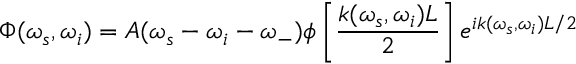
\Phi ( \omega _ { s } , \omega _ { i } ) = A ( \omega _ { s } - \omega _ { i } - \omega _ { - } ) \phi \left[ \frac { k ( \omega _ { s } , \omega _ { i } ) L } { 2 } \right] e ^ { i k ( \omega _ { s } , \omega _ { i } ) L / 2 }